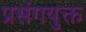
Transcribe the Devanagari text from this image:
प्रसंगयुक्त